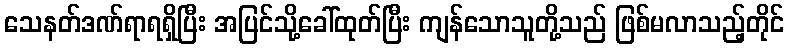
သေနတ်ဒဏ်ရာရရှိပြီး အပြင်သို့ခေါ်ထုတ်ပြီး ကျန်သောသူတို့သည် ဖြစ်မလာသည့်တိုင်